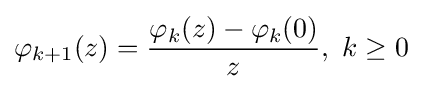
\varphi _{k+1}(z)={\frac {\varphi _{k}(z)-\varphi _{k}(0)}{z}},\ k\geq 0